Civil Veterinary Dept. Assam report 1911-1927 - 1911-1927
Year: 1911
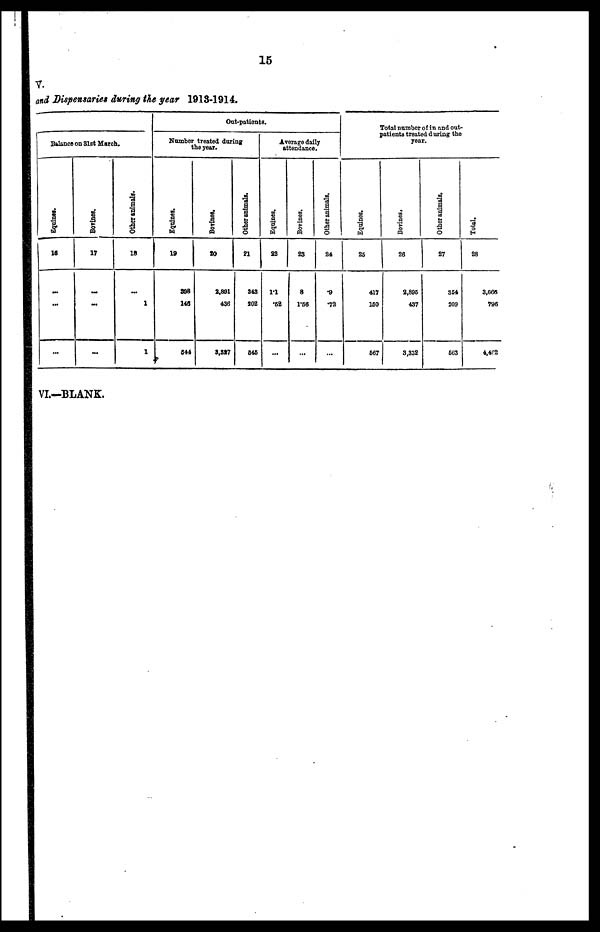
15
V.
and Dispensaries during the year 1913-1914.
Balance on 31st March.
Equines.
18
...
...
...
Bovines.
17
...
...
...
Other animals.
18
...
1
1
Out-patients.
Number treated during
the year.
Equines.
19
898
148
544
Bovines.
20
2,891
436
3,887
Other animals.
21
348
202
646
Average daily
attendance.
Equines.
22
1.1
.62
...
Bovines.
23
8
1.56
...
Other animals.
24
.9
.72
...
Total number of in and out-
patients treated during the
year.
Equines.
25
417
150
667
Bovines.
26
2,895
437
3,332
Other animals.
27
354
209
563
Total.
28
3,666
796
4,462
VI.-BLANK.